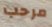
مرحب